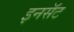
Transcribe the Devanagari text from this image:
इनसॅट